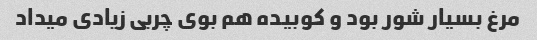
مرغ بسیار شور بود و کوبیده هم بوی چربی زیادی میداد